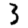
Digit: 3